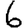
Digit: 6